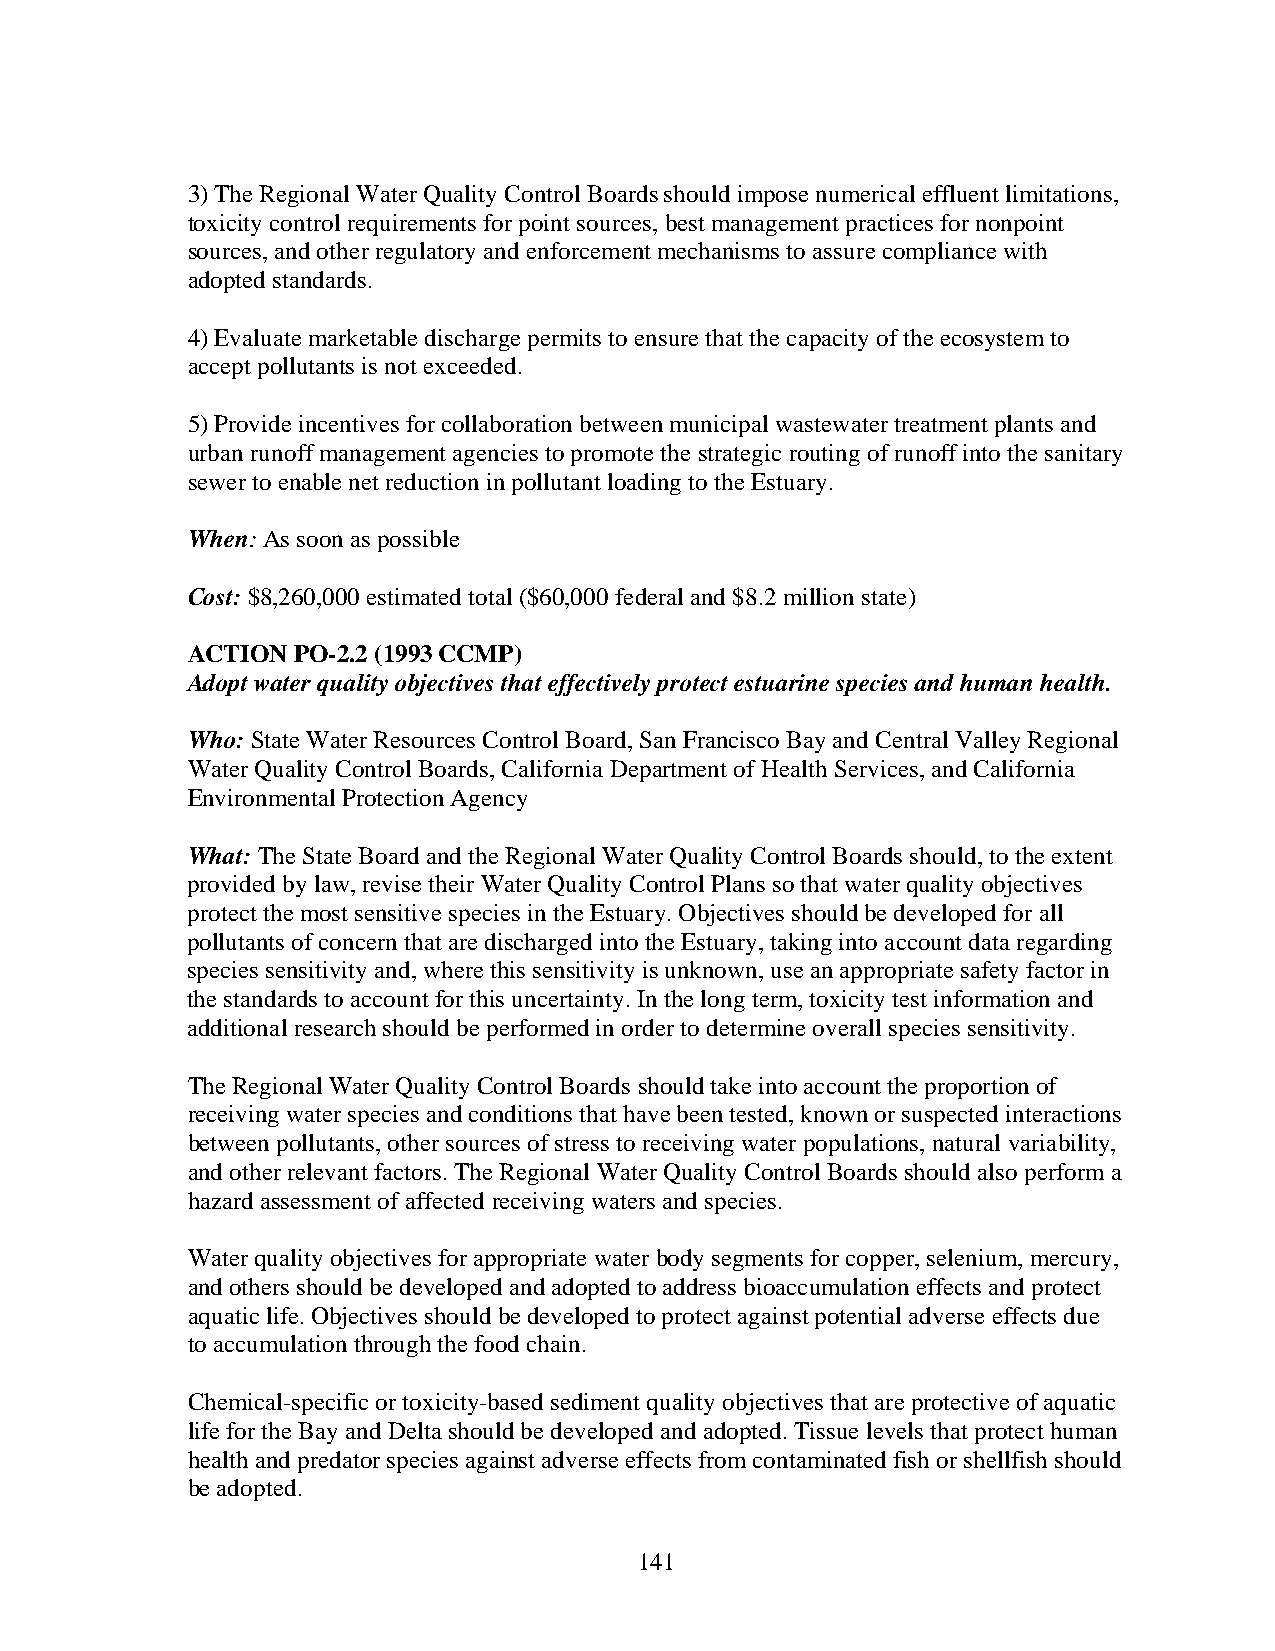
3) The Regional Water Quality Control Boards should impose numerical effluent limitations,
 toxicity control requirements for point sources, best management practices for nonpoint
 sources, and other regulatory and enforcement mechanisms to assure compliance with
 adopted standards.
 4) Evaluate marketable discharge permits to ensure that the capacity of the ecosystem to
 accept pollutants is not exceeded.
 5) Provide incentives for collaboration between municipal wastewater treatment plants and
 urban runoff management agencies to promote the strategic routing of runoff into the sanitary
 sewer to enable net reduction in pollutant loading to the Estuary.
 When: As soon as possible
 Cost: $8,260,000 estimated total ($60,000 federal and $8.2 million state)
 ACTION PO-2.2 (1993 CCMP)
 Adopt water quality objectives that effectively protect estuarine species and human health.
 Who: State Water Resources Control Board, San Francisco Bay and Central Valley Regional
 Water Quality Control Boards, California Department of Health Services, and California
 Environmental Protection Agency
 What: The State Board and the Regional Water Quality Control Boards should, to the extent
 provided by law, revise their Water Quality Control Plans so that water quality objectives
 protect the most sensitive species in the Estuary. Objectives should be developed for all
 pollutants of concern that are discharged into the Estuary, taking into account data regarding
 species sensitivity and, where this sensitivity is unknown, use an appropriate safety factor in
 the standards to account for this uncertainty. In the long term, toxicity test information and
 additional research should be performed in order to determine overall species sensitivity.
 The Regional Water Quality Control Boards should take into account the proportion of
 receiving water species and conditions that have been tested, known or suspected interactions
 between pollutants, other sources of stress to receiving water populations, natural variability,
 and other relevant factors. The Regional Water Quality Control Boards should also perform a
 hazard assessment of affected receiving waters and species.
 Water quality objectives for appropriate water body segments for copper, selenium, mercury,
 and others should be developed and adopted to address bioaccumulation effects and protect
 aquatic life. Objectives should be developed to protect against potential adverse effects due
 to accumulation through the food chain.
 Chemical-specific or toxicity-based sediment quality objectives that are protective of aquatic
 life for the Bay and Delta should be developed and adopted. Tissue levels that protect human
 health and predator species against adverse effects from contaminated fish or shellfish should
 be adopted.
 141